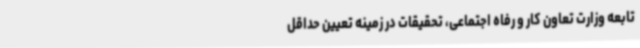
تابعه وزارت تعاون کار و رفاه اجتماعی، تحقیقات در زمینه تعیین حداقل